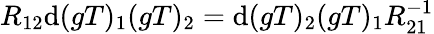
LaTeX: R_{12}\mathrm{d}(gT)_{1}(gT)_{2}=\mathrm{d}(gT)_{2}(gT)_{1}R_{21}^{-1}